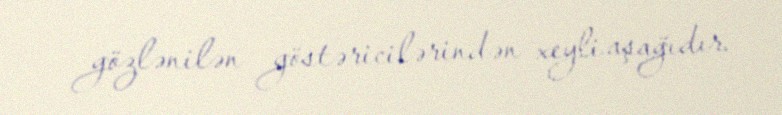
gözlənilən göstəricilərindən xeyli aşağıdır.